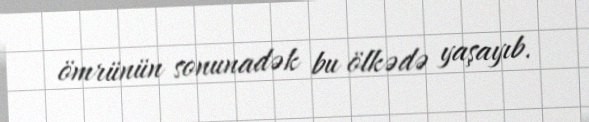
ömrünün sonunadək bu ölkədə yaşayıb.